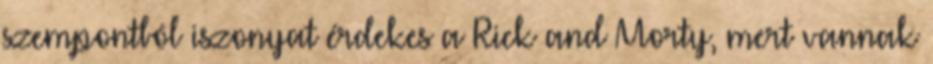
szempontból iszonyat érdekes a Rick and Morty, mert vannak